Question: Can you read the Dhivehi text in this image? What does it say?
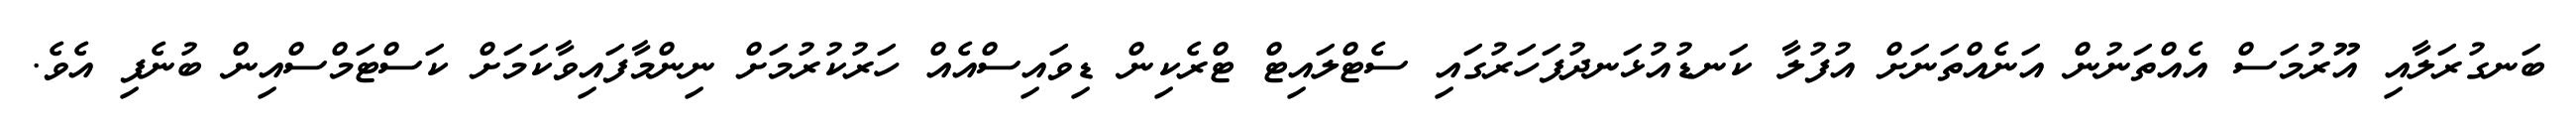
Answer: ބަނގުރަލާއި އޫރުމަސް އެއްތަނުން އަނެއްތަނަށް އުފުލާ ކަނޑުއުޅަނދުފަހަރުގައި ސެޓްލައިޓް ޓްރެކިން ޑިވައިސްއެއް ހަރުކުރުމަށް ނިންމާފައިވާކަމަށް ކަސްޓަމްސްއިން ބުނެފި އެވެ.